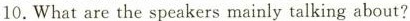
10.Whatare the speakers mainly talking about?